Vaccination in Burma 1900-1911 - 1900-1911
Year: 1900
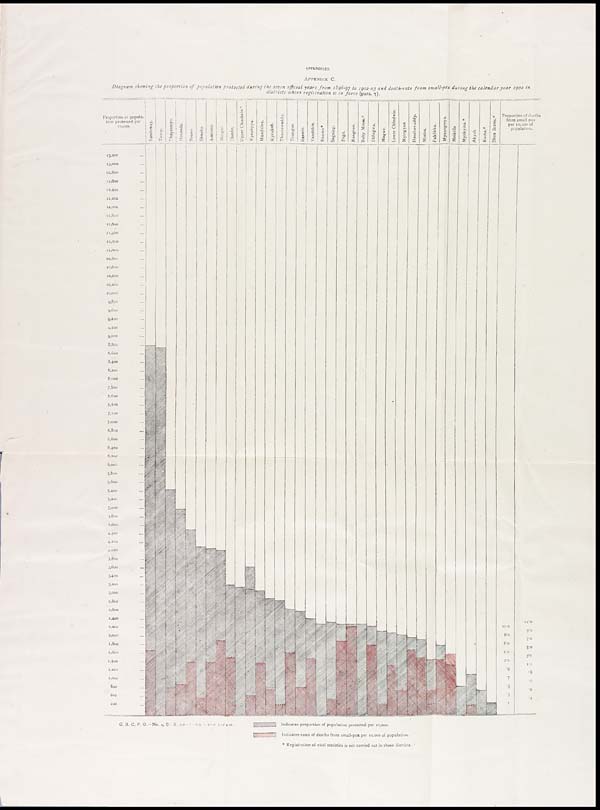
APPENDICES.
APPENDIX C.
Diagram showing the proportion of population protected during the seven official years from 1896-97 to 1902-03 and death-rate from small-pox during the calendar year 1902 in
districts where registration is in force (para. 7).